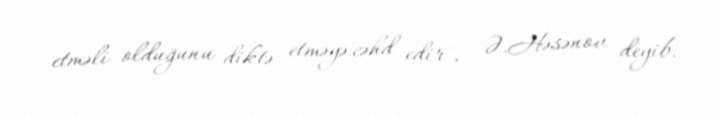
etməli olduğunu diktə etməyə cəhd edir", - Ə.Həsənov deyib.